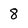
Character: 8